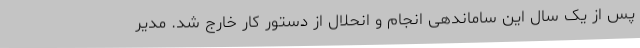
پس از یک سال این ساماندهی انجام و انحلال از دستور کار خارج شد. مدیر